Report on vaccination in Madras 1895-1903 - 1895-1903
Year: 1895
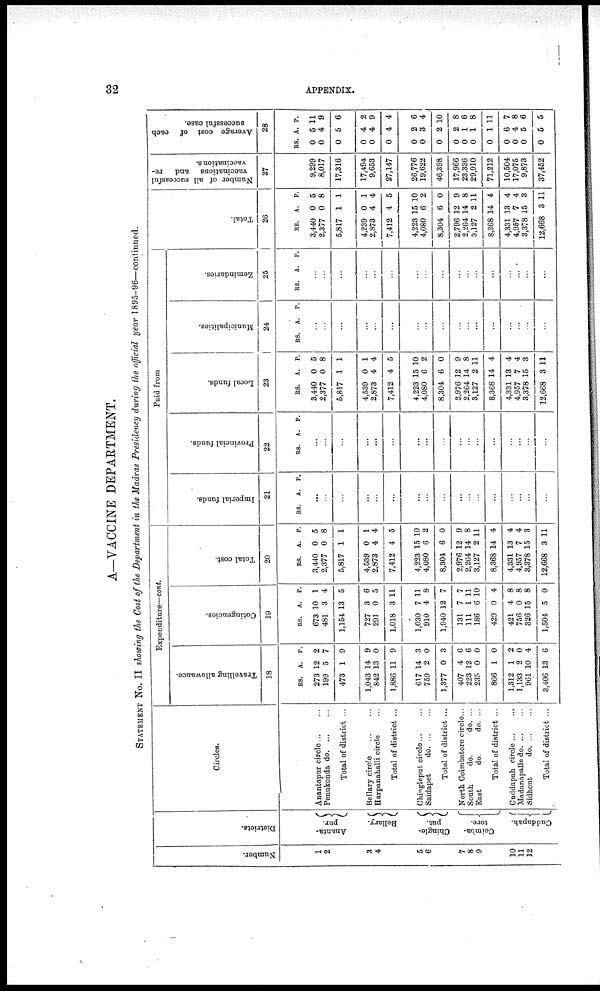
32
APPENDIX.
A—VACCINE DEPARTMENT.
STATEMENT No. II showing the Cost of the Department in the Madras Presidency during the official year 1895-96—continued.
Number.
1
2
3
4
5
6
7
8
9
10
11
12
Districts.
Ananta-
pur.
Bellary.
Chingle-
put.
Coimba-
tore.
Cuddapah.
Circles.
Anantapur circle ... ...
Penukonda do. ... ...
Total of district ...
Bellary circle
...
...
Harpanahalli circle ...
Total of district ...
Chingleput circle ... ...
Saidapet
do. ... ...
Total of district ...
North Coimbatore circle...
South
do.
do. ...
East
do.
do. ...
Total of district ...
Cuddapah circle ... ...
Madanapalle do. ... ...
Sidhout
do. ... ...
Total of district ...
Expenditure—cont.
Travelling allowance.
18
RS.
273
199
473
1,043
842
1,886
617
759
1,377
407
223
235
866
1,312
1,133
961
3,406
A.
12
5
1
14
13
11
14
2
0
4
12
0
1
1
2
10
13
P.
2
7
9
9
0
9
3
0
3
6
6
0
0
2
0
4
6
Cotingencies.
19
RS.
673
481
1,154
727
291
1,018
1,030
910
1,940
131
111
186
429
421
756
326
1,504
A.
10
3
13
3
0
3
7
4
12
7
1
6
0
4
0
15
5
P.
1
4
5
6
5
11
11
8
7
7
11
10
4
8
8
8
0
Total cost.
20
RS.
3,440
2,377
5,817
4,539
2,873
7,412
4,223
4,080
8,304
2,976
2,264
3,127
8,368
4,331
4,957
3,378
12,668
A.
0
0
1
0
4
4
15
6
6
12
14
2
14
13
7
15
3
P.
5
8
1
1
4
5
10
2
0
9
8
11
4
4
4
3
11
Paid from
Imperial funds.
21
RS. A. P.
...
...
...
...
...
...
...
...
...
...
...
...
...
...
...
...
...
Provincial funds.
22
RS. A. P.
...
...
...
...
...
...
...
...
...
...
...
...
...
...
...
...
...
Local funds.
23
RS.
3,440
2,377
5,817
4,539
2,873
7,412
4,223
4,080
8,304
2,976
2,264
3,127
8,368
4,331
4,957
3,378
12,668
A.
0
0
1
0
4
4
15
6
6
12
14
2
14
13
7
15
3
P.
5
8
1
1
4
5
10
2
0
9
8
11
4
4
4
3
11
Municipalities.
24
RS. A. P.
...
...
...
...
...
...
...
...
...
...
...
...
...
...
...
...
...
Zemindaries.
25
RS. A. P.
...
...
...
...
...
...
...
...
...
...
...
...
...
...
...
...
...
Total.
26
RS.
3,440
2,377
5,817
4,239
2,873
7,412
4,223
4,080
8,304
2,796
2,264
3,127
8,368
4,331
4,957
3,378
12,668
A.
0
0
1
0
4
4
15
6
6
12
14
2
14
13
7
15
3
P.
5
8
1
1
4
5
10
2
0
9
8
11
4
4
4
3
11
Number of all successful
vaccinations and re¬
vaccinations.
27
9,299
8,017
17,316
17,494
9,653
27,147
26,776
19,622
46,398
17,966
23,336
29,910
71,212
10,504
17,075
9,873
37,452
Average cost of each
successful case.
28
RS.
0
0
0
0
0
0
0
0
0
0
0
0
0
0
0
0
0
A.
5
4
5
4
4
4
2
3
2
2
1
1
1
6
4
5
5
P.
11
9
6
2
9
4
6
4
10
8
6
8
11
7
8
6
5